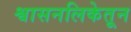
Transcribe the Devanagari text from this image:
श्वासनलिकेतून